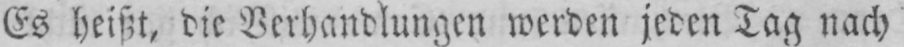
Es heißt, die Verhandlungen werden jeden Tag nach